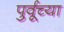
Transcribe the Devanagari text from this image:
पुर्वूच्या